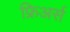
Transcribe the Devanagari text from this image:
फ्रिअर्स